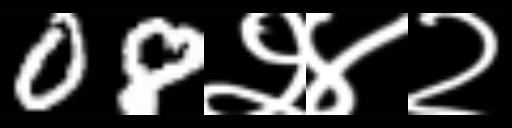
Text: 08२४२